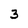
Character: 3